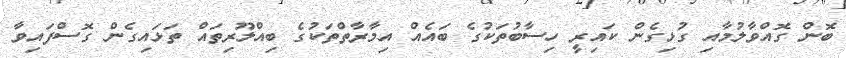
ބޮން ގޮއްވާލުމާއި ގުޅިގެން ކައިރީ ހިސާބުތަކުގެ ބައެއް އިމާރާތްތަކުގެ ބިއްލޫރިތައް ތަޅައިގެން ގޮސްފައިވާ